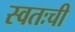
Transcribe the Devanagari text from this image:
स्वतःची